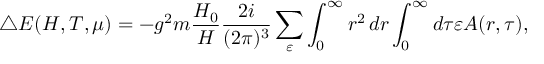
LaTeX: \triangle E ( H , T , \mu ) = - g ^ { 2 } m \frac { H _ { 0 } } H \frac { 2 i } { ( 2 \pi ) ^ { 3 } } \sum _ { \varepsilon } \int _ { 0 } ^ { \infty } r ^ { 2 } \, d r \int _ { 0 } ^ { \infty } d \tau \varepsilon A ( r , \tau ) ,